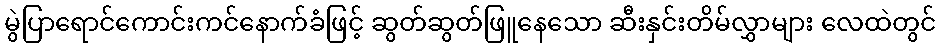
မွဲပြာရောင်ကောင်းကင်နောက်ခံဖြင့် ဆွတ်ဆွတ်ဖြူနေသော ဆီးနှင်းတိမ်လွှာများ လေထဲတွင်